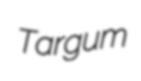
Targum